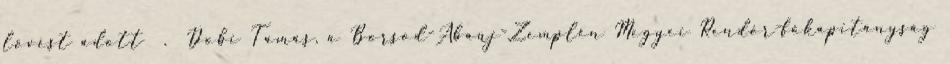
lövést adott . Dobi Tamás, a Borsod-Abaúj-Zemplén Megyei Rendőr-főkapitányság